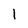
Character: l